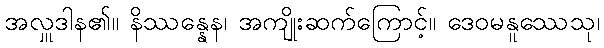
အလှူဒါန၏။ နိဿန္နေန၊ အကျိုးဆက်ကြောင့်။ ဒေဝမနူဿေသု၊